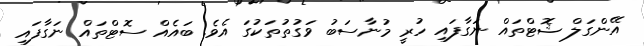
އޭންގަލް ޝޮޓްތައް ނަގާފައި ހުރީ މުނާސަބު ވަގުތުތަކުގަ އެވެ. ބައެއް ސޮޓްތައް ނަގާފައި